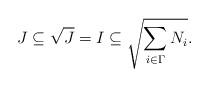
LaTeX: \begin{align*}J \subseteq \sqrt{J} = I\subseteq \sqrt{\sum_{i\in\Gamma} N_i}.\end{align*}